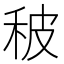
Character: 秛